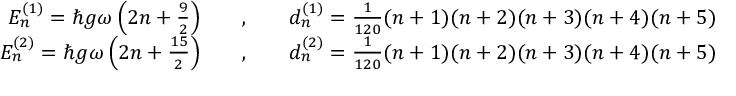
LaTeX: \begin{array} { r c l } { { E _ { n } ^ { ( 1 ) } = \hbar g \omega \left( 2 n + \frac { 9 } { 2 } \right) \ \ \ } } & { { , } } & { { \ \ \ d _ { n } ^ { ( 1 ) } = \frac { 1 } { 1 2 0 } ( n + 1 ) ( n + 2 ) ( n + 3 ) ( n + 4 ) ( n + 5 ) \ \ \ , } } \\ { { E _ { n } ^ { ( 2 ) } = \hbar g \omega \left( 2 n + \frac { 1 5 } { 2 } \right) \ \ \ } } & { { , } } & { { \ \ \ d _ { n } ^ { ( 2 ) } = \frac { 1 } { 1 2 0 } ( n + 1 ) ( n + 2 ) ( n + 3 ) ( n + 4 ) ( n + 5 ) \ \ \ . } } \end{array}